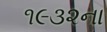
૧૯૩૨ના